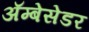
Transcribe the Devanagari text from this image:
अॅम्बेसेडर